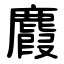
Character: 麚